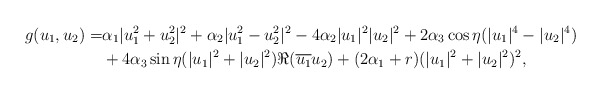
\begin{align*}g(u_1,u_2)=& \alpha_1 |u_1^2+u_2^2|^2 + \alpha_2 |u_1^2-u_2^2|^2 -4\alpha_2 |u_1|^2|u_2|^2 +2\alpha_3 \cos \eta (|u_1|^4-|u_2|^4) \\& +4 \alpha_3 \sin \eta (|u_1|^2+|u_2|^2) \Re (\overline{u_1}u_2) + (2\alpha_1 + r) (|u_1|^2+|u_2|^2)^2,\end{align*}